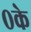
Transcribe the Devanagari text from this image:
०के